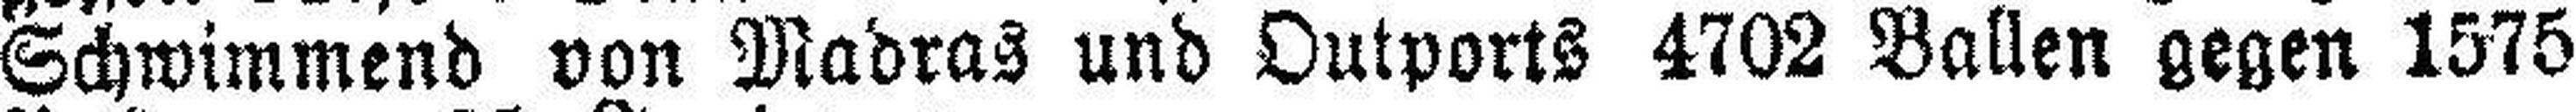
Schwimmend von Madras und Outports 4702 Ballen gegen 1575